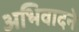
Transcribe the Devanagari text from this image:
अभिवादने